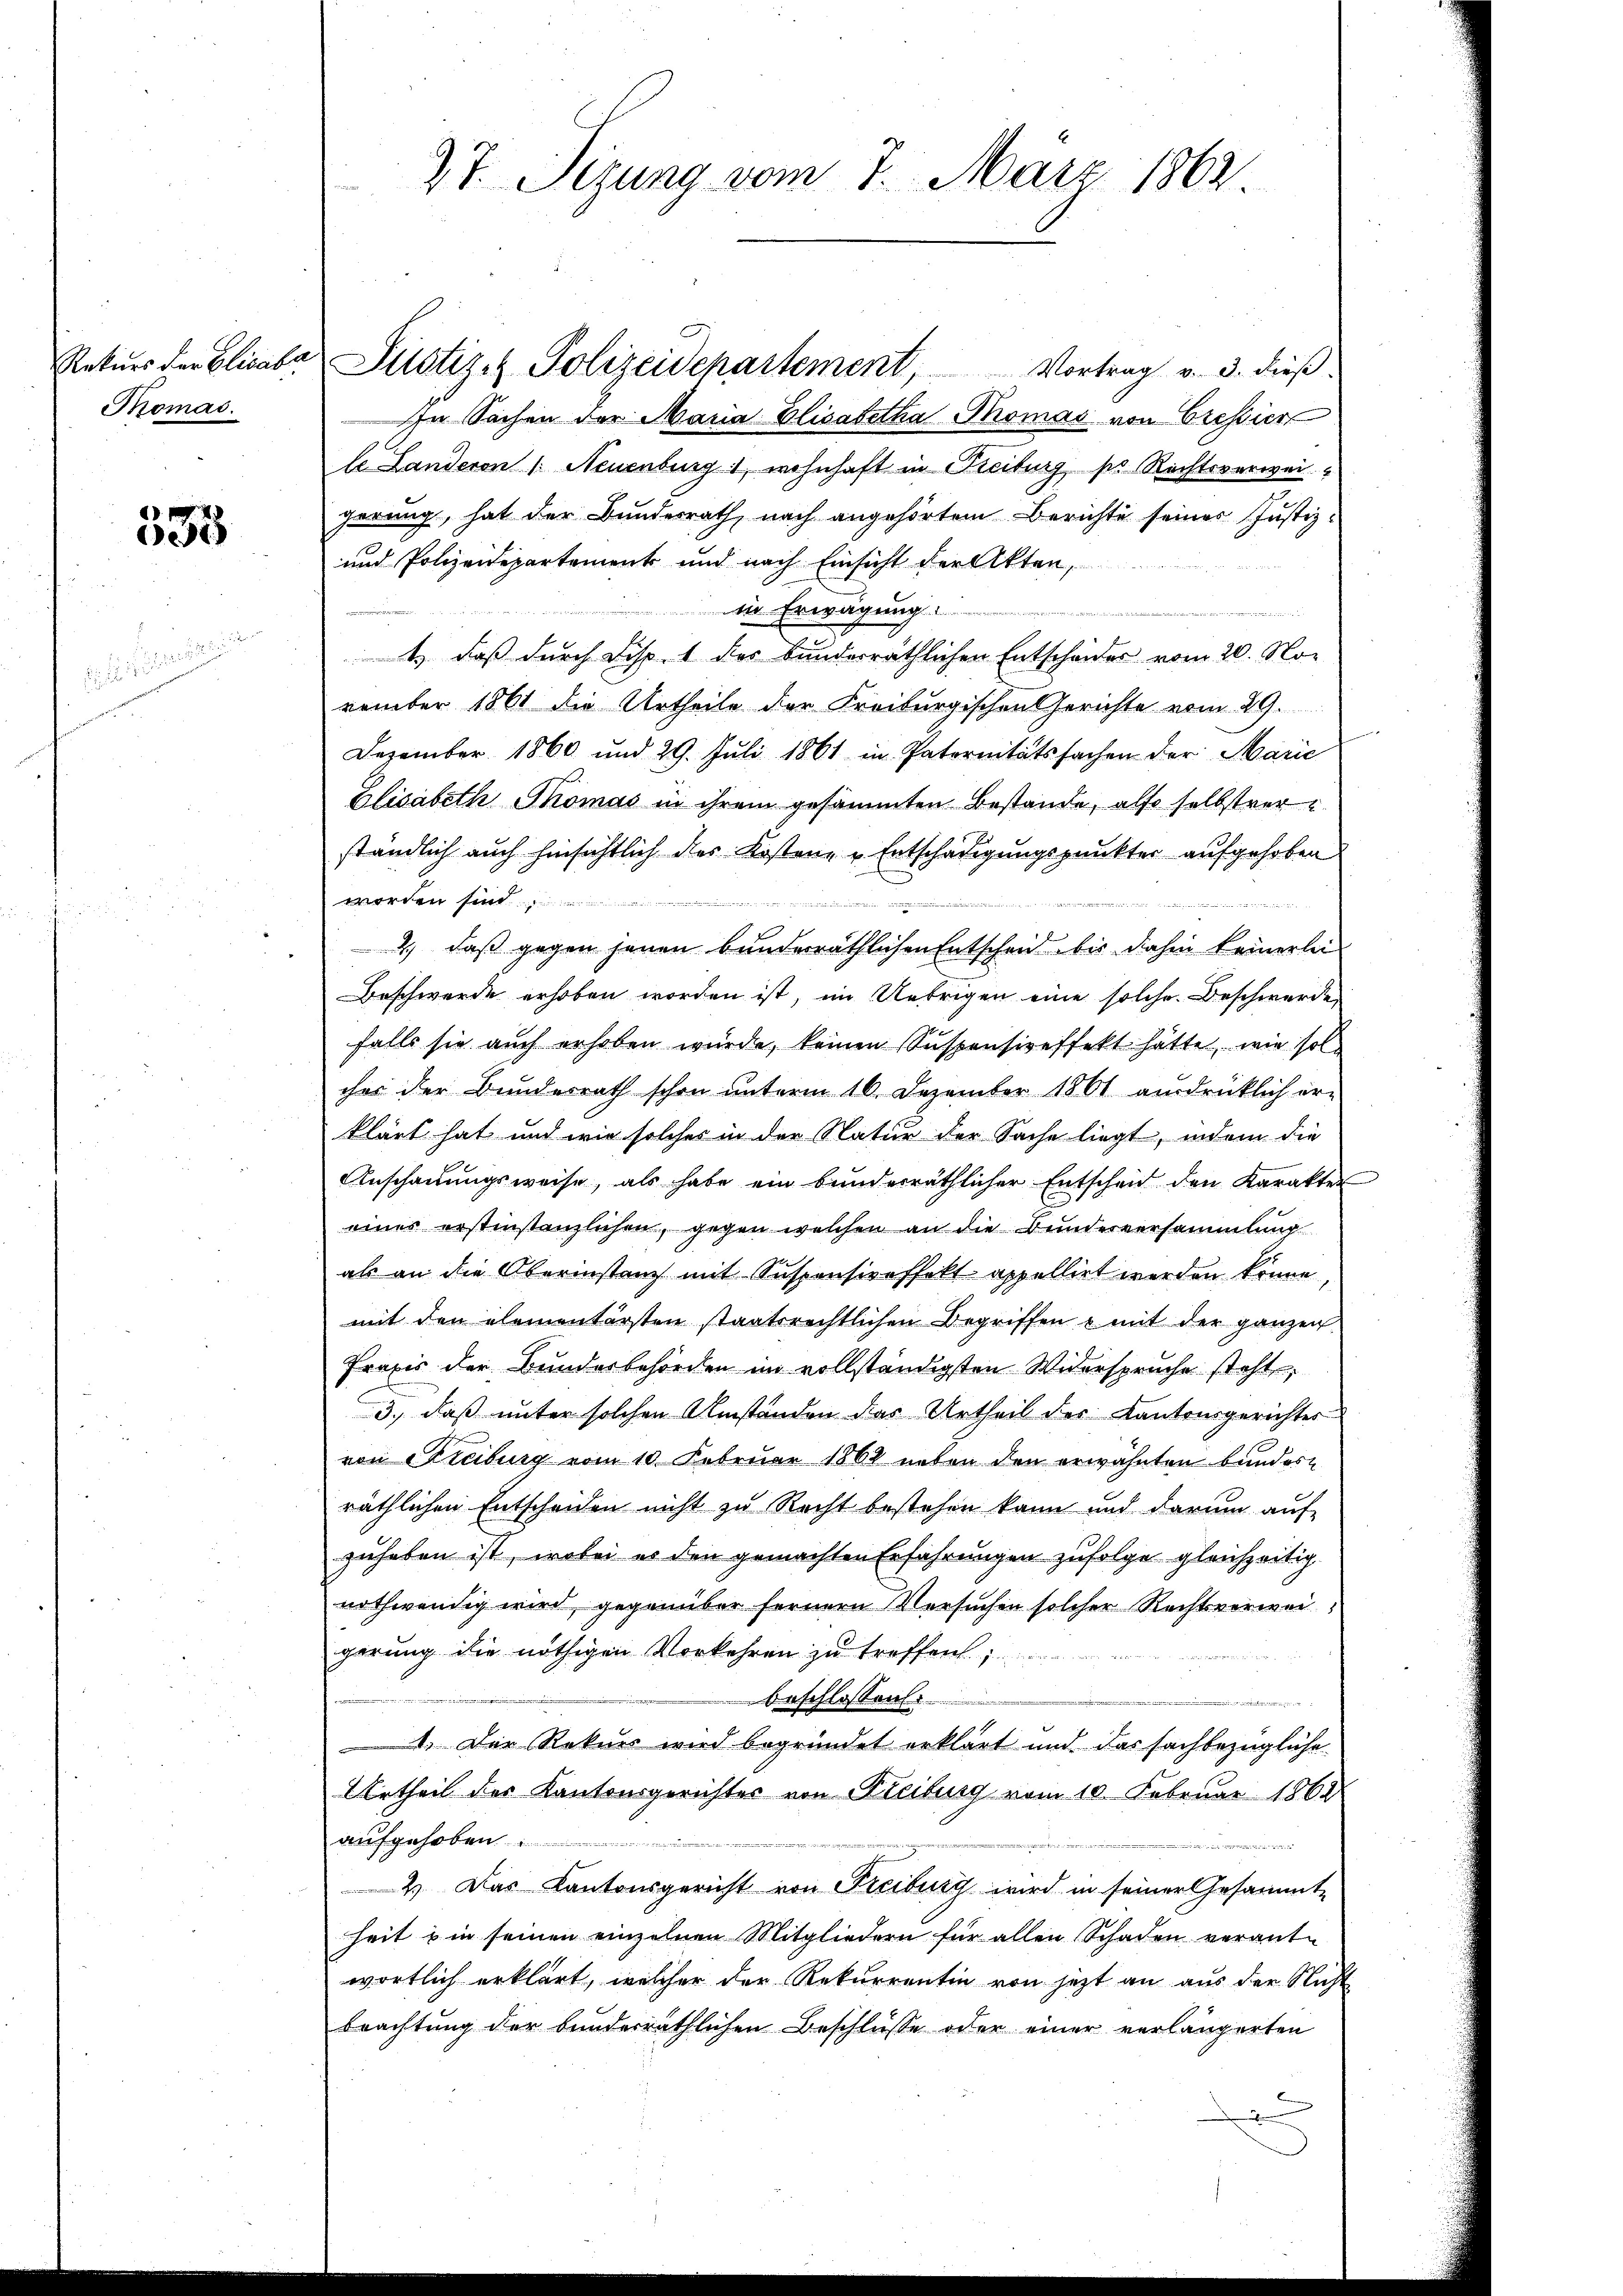
Rekurs der Elisabe
Thomas.

1
e

27. Sezung vom 7. März 1862.

In Sachen der Maria Elisabetha Thomas von Cressier
le Landeren /: Neuenburg, wohnhaft in Freiburg pr. Rechtsverwei
herung, hat der Bundesrath, nach angehörtem Berichte seiner Justiz¬
und Polizeidepartement und nach Einsicht der Akten,
in Erwägung
1.) daß durch Disp. 1 des bunderräthlichen Entscheides vom 20. November 1861 die Urtheile der Freiburgischen Gerichte vom 29.
Dezember 1860 und 29. Juli 1861 in Paternitätssachen der Marie
Elisabeth Thomas in ihrem gesammten Bestande, also selbstvere
ständlich auch hinsichtlich des Kostene Entschädigungspunkter aufgehoben
worden sind

d
) daß gegen jenen bunderräthlichen Entscheid bis dahin keinerlei¬
Beschwerde erhoben worden ist, im Uebrigen eine solche Beschwerde
falls sie auch erhoben würde, keinen Suspensireffekt hätte, wie solches der Bundesrath schon unterm 16. Dezember 1861 ausdrücklich er-
klärt hat und wie solches in der Natur der Sache liegt, indem die
Anschauungsweise, als habe ein bunderräthlicher Entscheid den Karakter
eines erstinstenzlichen, gegen welchen an die Bundesversammlung
als an die Oberinstanz mit Suspensireffekt appellirt werden könne,
mit den elementärsten staatsrechtlichen Begriffen u mit der ganzen
Praxis der Bundesbehörden im vollständigsten Widerspruche steht,
3., daß unter solchen Umständen das Urtheil des Kantonsgerichter
von Streiburg vom 10. Februar 1868 neben den erwähnten bundesräthlichen Entscheiden nicht zu Recht bestehen kann und darum auf
zuheben ist, wobei es den gemachten Erfahrungen zufolge gleichzeitig
nothwendig wird, gegenüber fernern Versuchen solcher Rechtsverwei
gerung die nöthigen Vorkehren zu treffen.

beschlossen.

1. Der Rekurs wird begründet erklärt und das sachbezügliche
Urtheil des Kantonsgerichter von Freiburg vom 10. Februar 1862
aufgehoben
n
2.) Das Kantonsgericht von Freiburg wird in seiner Gesammt-
heit in seinen einzelnen Mitgliedern für allen Schaden verant-
wortlich erklärt, welcher der Rekurrentin von jetzt an aus der Nicht
beachtung der bunderräthlichen Beschlüsse oder einer vorlängerten

Justiz- & Polizeidchartement, Vortrag v. 3. dieβ.